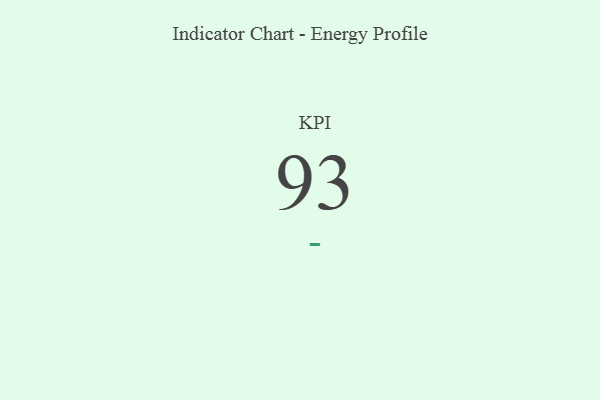
{"axis": {"x": "KPI", "y": "Value"}, "legend": [""], "data": [{"x": "KPI", "y": 93, "type": ""}]}